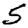
Digit: 5